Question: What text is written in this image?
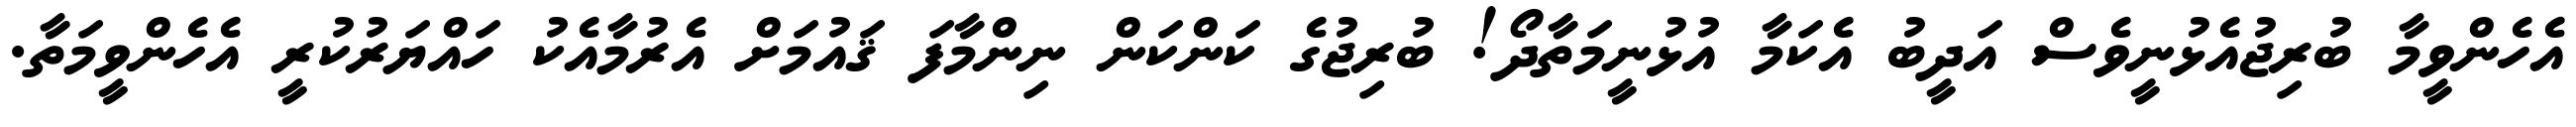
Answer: އެހެންވީމާ ބުރިޖުއެޅުނީވެސް އަދީބު އެކަމާ އުޅުނީމަތާދޯ! ބުރިޖުގެ ކަންކަން ނިންމާފަ ޤައުމަށް އެރުމާއެކު ހައްޔަރުކުރީ އެހެންވީމަތާ.